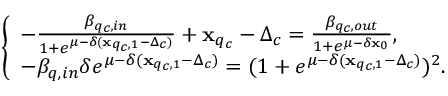
\left\{ \begin{array} { l l } { - \frac { \beta _ { q _ { c } , i n } } { 1 + e ^ { \mu - \delta ( \mathbf { x } _ { q _ { c } , 1 } - \Delta _ { c } ) } } + \mathbf { x } _ { q _ { c } } - \Delta _ { c } = \frac { \beta _ { q _ { c } , o u t } } { 1 + e ^ { \mu - \delta \mathbf { x } _ { 0 } } } , } \\ { - \beta _ { q , i n } \delta e ^ { \mu - \delta ( \mathbf { x } _ { q _ { c } , 1 } - \Delta _ { c } ) } = ( 1 + e ^ { \mu - \delta ( \mathbf { x } _ { q _ { c } , 1 } - \Delta _ { c } ) } ) ^ { 2 } . } \end{array} \right.